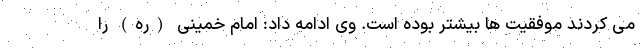
می کردند موفقیت ها بیشتر بوده است. وی ادامه داد: امام خمینی (ره) را